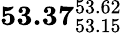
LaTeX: \mathbf{53.37}_{53.15}^{53.62}